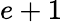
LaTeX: e+1